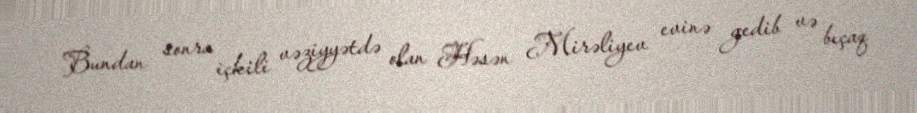
Bundan sonra içkili vəziyyətdə olan Həsən Mirəliyev evinə gedib və bıçaq